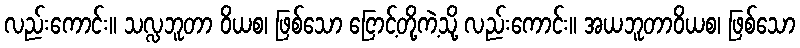
လည်းကောင်း။ သလ္လဘူတာ ဝိယစ၊ ဖြစ်သော ငြောင့်တို့ကဲ့သို့ လည်းကောင်း။ အယဘူတာဝိယစ၊ ဖြစ်သော